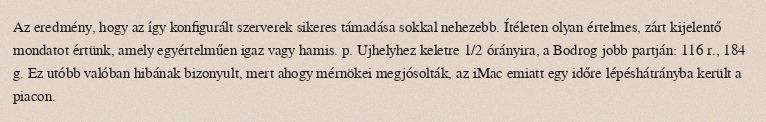
Az eredmény, hogy az így konfigurált szerverek sikeres támadása sokkal nehezebb. Ítéleten olyan értelmes, zárt kijelentő mondatot értünk, amely egyértelműen igaz vagy hamis. p. Ujhelyhez keletre 1/2 órányira, a Bodrog jobb partján: 116 r., 184 g. Ez utóbb valóban hibának bizonyult, mert ahogy mérnökei megjósolták, az iMac emiatt egy időre lépéshátrányba került a piacon.